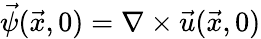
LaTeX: \vec{\psi}(\vec{x},0)=\nabla\times\vec{u}(\vec{x},0)